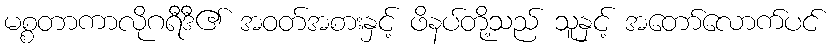
မစ္စတာကာလိုဂရီဒီ၏ အဝတ်အစားနှင့် ဖိနပ်တို့သည် သူနှင့် အတော်လောက်ပင်